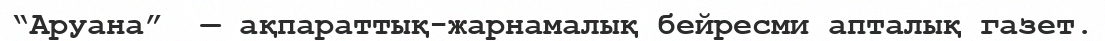
“Аруана”  — ақпараттық-жарнамалық бейресми апталық газет.